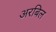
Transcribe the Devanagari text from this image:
अरबिल